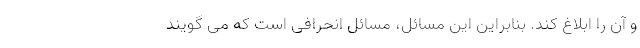
و آن را ابلاغ کند. بنابراین این مسائل، مسائل انحرافی است که می گویند